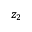
z _ { 2 }